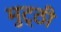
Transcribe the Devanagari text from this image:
मुट्‌ठी